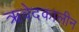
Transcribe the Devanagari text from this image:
ऋवेदकालीन